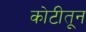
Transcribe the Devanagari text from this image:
कोटीतून